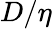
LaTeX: {D/\eta}